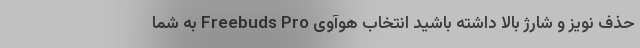
حذف نویز و شارژ بالا داشته باشید انتخاب هوآوی Freebuds Pro به شما